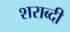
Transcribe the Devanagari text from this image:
शराब्दी